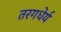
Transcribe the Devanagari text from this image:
तरगधेर्य